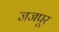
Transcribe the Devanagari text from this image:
जजपूर